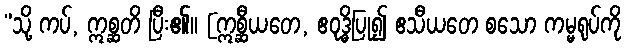
”သို့ ကပ်, ဣစ္ဆတိ ပြီး၏။ [ဣစ္ဆီယတေ, ဧဝုဒ္ဓိပြု၍ ဧသီယတေ စသော ကမ္မရုပ်ကို